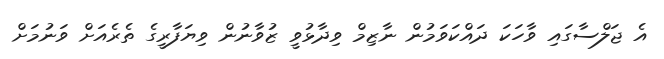
އެ ޖަލްސާގައި ވާހަކަ ދައްކަވަމުން ނާޒިމް ވިދާޅުވީ ޒުވާނުން ވިޔަފާރީގެ ތެރެއަށް ވަނުމަށް